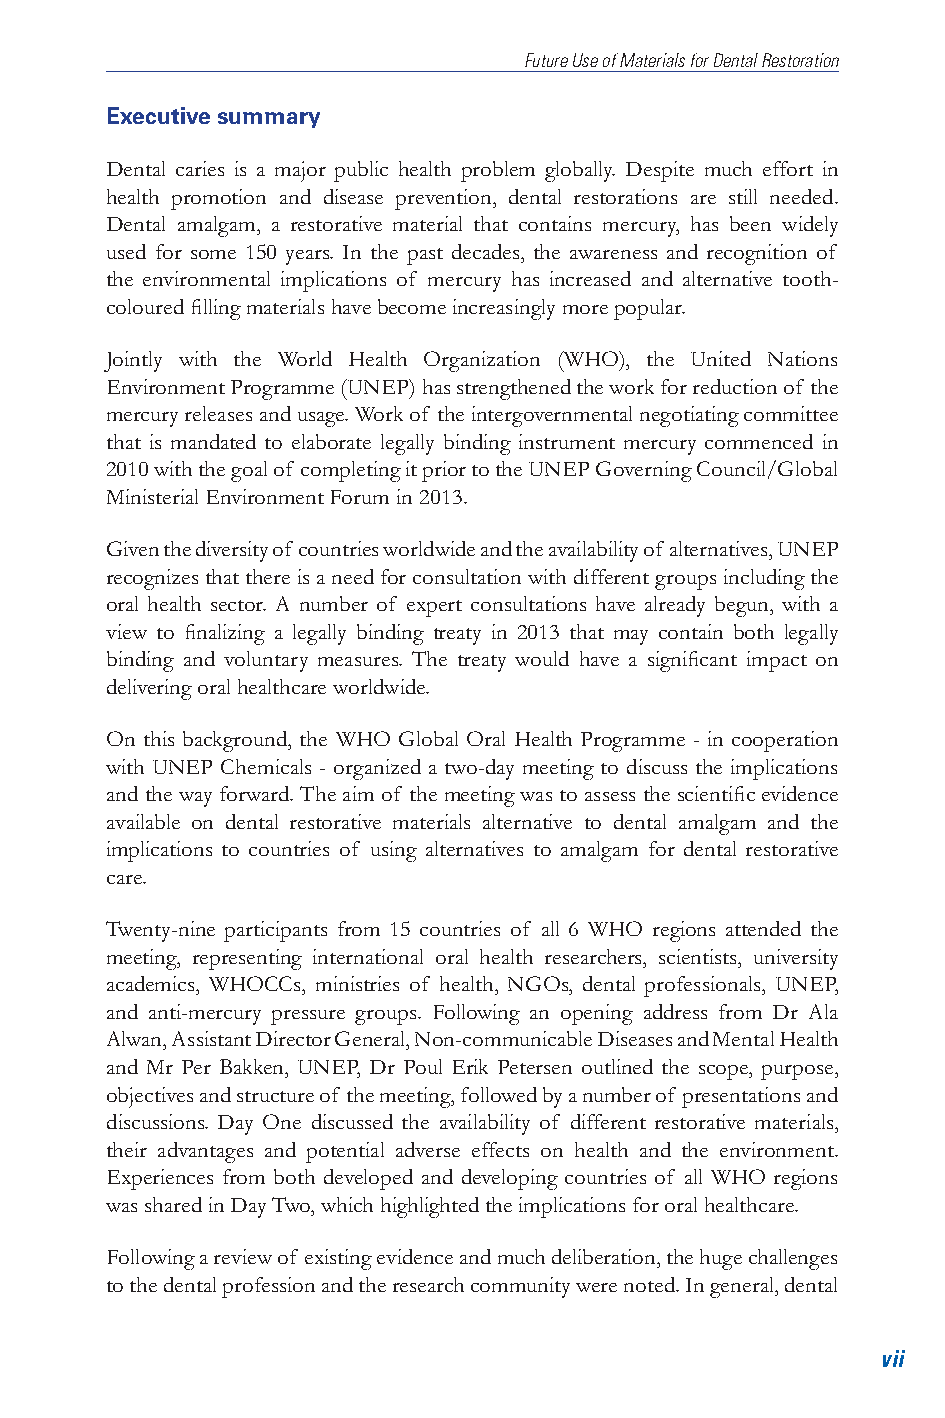
Future Use of Materials for Dental Restoration
 Executive summary
 Dental caries is a major public health problem globally. Despite much effort in
 health promotion and disease prevention, dental restorations are still needed.
 Dental amalgam, a restorative material that contains mercury, has been widely
 used for some 150 years. In the past decades, the awareness and recognition of
 the environmental implications of mercury has increased and alternative tooth-
 coloured filling materials have become increasingly more popular.
 Jointly with the World Health Organization (WHO), the United Nations
 Environment Programme (UNEP) has strengthened the work for reduction of the
 mercury releases and usage. Work of the intergovernmental negotiating committee
 that is mandated to elaborate legally binding instrument mercury commenced in
 2010 with the goal of completing it prior to the UNEP Governing Council/Global
 Ministerial Environment Forum in 2013.
 Given the diversity of countries worldwide and the availability of alternatives, UNEP
 recognizes that there is a need for consultation with different groups including the
 oral health sector. A number of expert consultations have already begun, with a
 view to finalizing a legally binding treaty in 2013 that may contain both legally
 binding and voluntary measures. The treaty would have a significant impact on
 delivering oral healthcare worldwide.
 On this background, the WHO Global Oral Health Programme - in cooperation
 with UNEP Chemicals - organized a two-day meeting to discuss the implications
 and the way forward. The aim of the meeting was to assess the scientific evidence
 available on dental restorative materials alternative to dental amalgam and the
 implications to countries of using alternatives to amalgam for dental restorative
 care.
 Twenty-nine participants from 15 countries of all 6 WHO regions attended the
 meeting, representing international oral health researchers, scientists, university
 academics, WHOCCs, ministries of health, NGOs, dental professionals, UNEP,
 and anti-mercury pressure groups. Following an opening address from Dr Ala
 Alwan, Assistant Director General, Non-communicable Diseases and Mental Health
 and Mr Per Bakken, UNEP, Dr Poul Erik Petersen outlined the scope, purpose,
 objectives and structure of the meeting, followed by a number of presentations and
 discussions. Day One discussed the availability of different restorative materials,
 their advantages and potential adverse effects on health and the environment.
 Experiences from both developed and developing countries of all WHO regions
 was shared in Day Two, which highlighted the implications for oral healthcare.
 Following a review of existing evidence and much deliberation, the huge challenges
 to the dental profession and the research community were noted. In general, dental
 vii